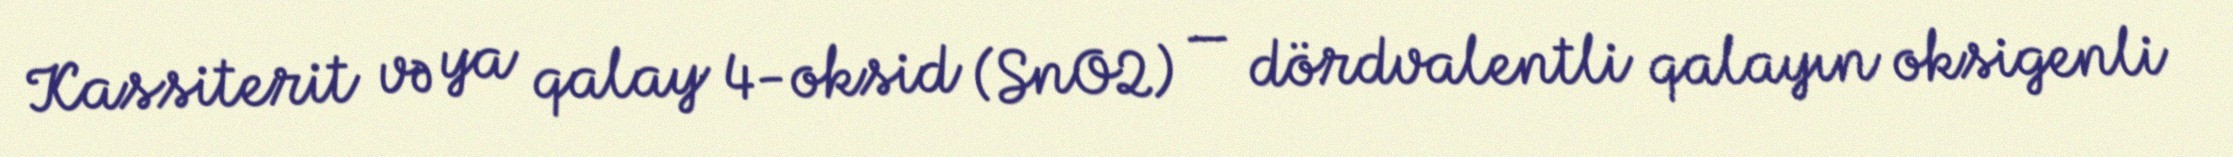
Kassiterit və ya qalay 4-oksid (SnO2) — dördvalentli qalayın oksigenli